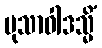
မုသာဝါဒသ္မိံ